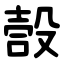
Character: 嗀